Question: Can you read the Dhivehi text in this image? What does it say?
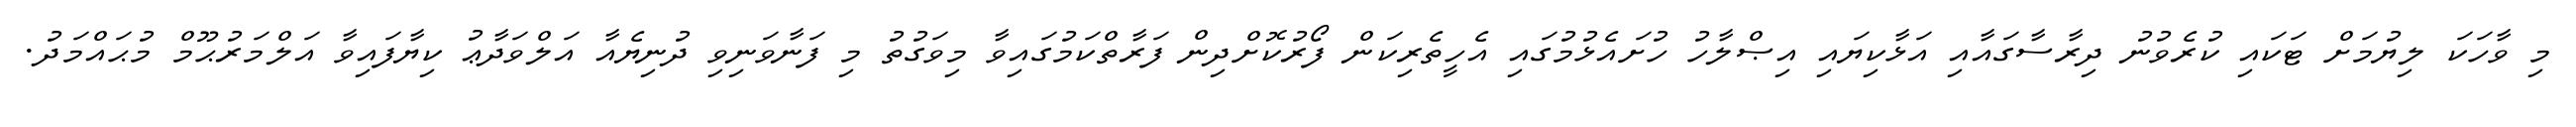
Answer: މި ވާހަކަ ލިޔުމަށް ޓަކައި ކުރެވުނު ދިރާސާގައާއި އަޅާކިޔައި އިޞްލާހު ހުށައެޅުމުގައި އެހީތެރިކަން ފޯރުކޮށްދިން ފަރާތްކަމުގައިވާ މިވަގުތު މި ފަނާވަނިވި ދުނިޔެއާ އަލްވަދާޢު ކިޔާފައިވާ އަލްމަރުޙޫމް މުޙައްމަދު.